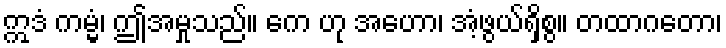
ဣဒံ ကမ္မံ၊ ဤအမှုသည်။ ကေ ဟု အဟော၊ အံ့ဖွယ်ရှိစွ။ တထာဂတော၊